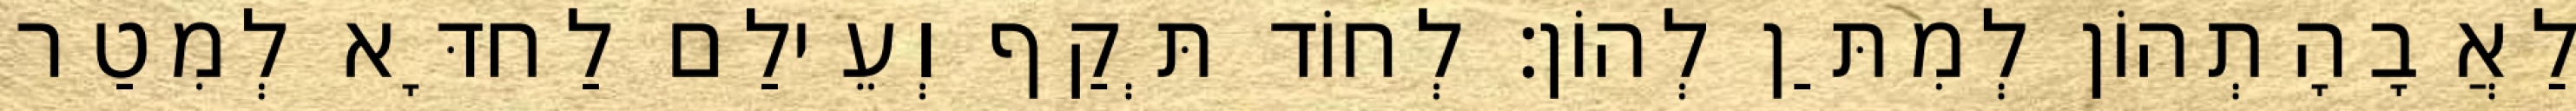
לַאֲבָהָתְהוֹן לְמִתַּן לְהוֹן׃ לְחוֹד תְּקַף וְעֵילַם לַחדָּא לְמִטַר